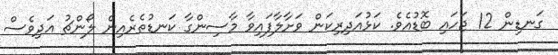
ގަނޑިން 12 ޖަހައި ބޮޑުއެވެ. ކަޅުއަދިރިކަން ވަށާލާފައިވާ މާސިންގާ ކަނޑުތެރެއިން ލޯންޗު އަދިވެސް